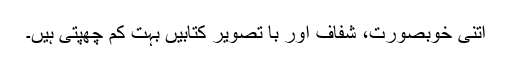
اتنی خوبصورت، شفاف اور با تصویر کتابیں بہت کم چھپتی ہیں۔